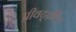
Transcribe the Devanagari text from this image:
प्रीवर्ट्व्रीाल